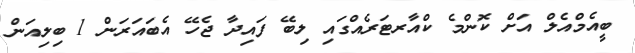
ބީއެމްއެލް އަށް ކޮންމެ ކްއާރޓަރެއްގައި ލިބޭ ފައިދާ ޖެހޭ އެބައަރަން 1 ބިލިއަން